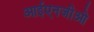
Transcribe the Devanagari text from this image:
आईएनजीओ